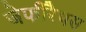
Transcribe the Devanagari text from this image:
जेफीरैथस